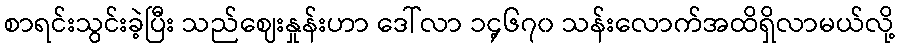
စာရင်းသွင်းခဲ့ပြီး သည်ဈေးနှုန်းဟာ ဒေါ်လာ ၁၄့၆၇၀ သန်းလောက်အထိရှိလာမယ်လို့